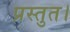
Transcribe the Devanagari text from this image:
प्रस्तुत।